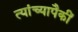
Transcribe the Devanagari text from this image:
त्यांच्यापैकीं